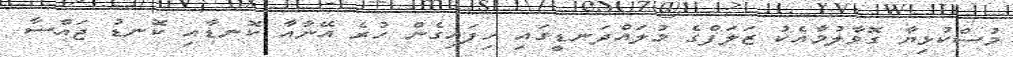
މުސްކުޅިޔާ ގޮވާލުމާއެކު ޒަލަފްގެ މުލައްދަނޑީގައި ހިފައިގެން ހުރެ އޭނާއާ ކޮނޑާއި ކޮނޑު ޖައްސާ